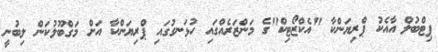
ޕިޓްބުލް އާއެކު ޕްރިޔަންކާ "އެކްޒޯޓިކް"ގެ މަންޒަރެއްގައި ހުޅަނގުގައި ޕްރިޔަންކާ އަށް މަގްބޫލުކަން ލިބުނީ